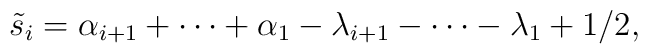
\tilde{s}_{i}=\alpha_{i+1}+\cdots +\alpha_{1}-\lambda_{i+1}-\cdots-\lambda_{1}+1/2,